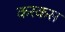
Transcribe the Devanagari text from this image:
करकस